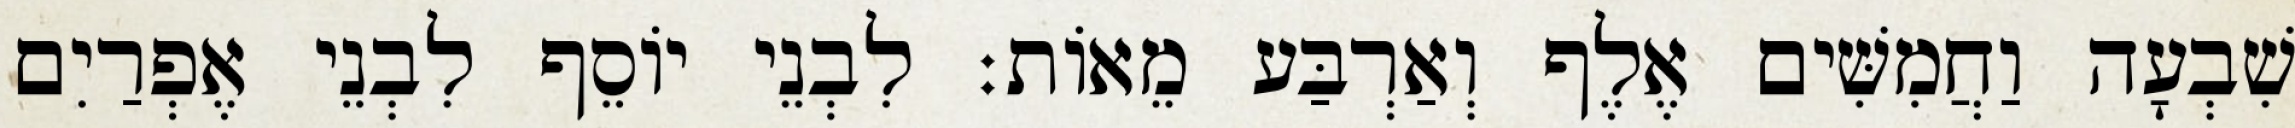
שִׁבְעָה וַחֲמִשִּׁים אֶלֶף וְאַרְבַּע מֵאוֹת׃ לִבְנֵי יוֹסֵף לִבְנֵי אֶפְרַיִם